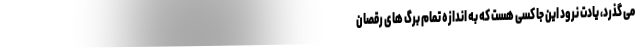
می گذرد، یادت نرود این جا کسی هست که به اندازه تمام برگ های رقصان